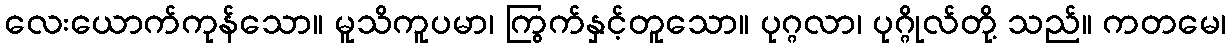
လေးယောက်ကုန်သော။ မူသိကူပမာ၊ ကြွက်နှင့်တူသော။ ပုဂ္ဂလာ၊ ပုဂ္ဂိုလ်တို့ သည်။ ကတမေ၊